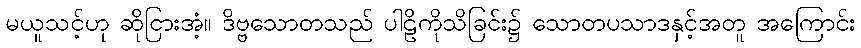
မယူသင့်ဟု ဆိုငြားအံ့။ ဒိဗ္ဗသောတသည် ပါဠိကိုသိခြင်း၌ သောတပသာဒနှင့်အတူ အကြောင်း